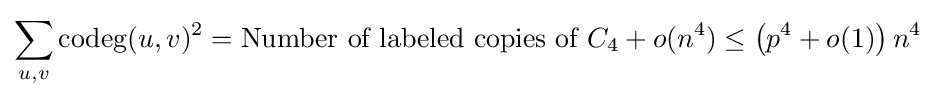
\sum _{u,v}\operatorname {codeg} (u,v)^{2}={\text{Number of labeled copies of }}C_{4}+o(n^{4})\leq \left(p^{4}+o(1)\right)n^{4}